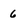
Character: 6